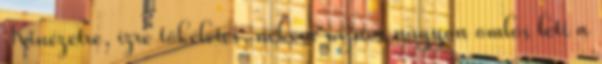
Kinézetre, ízre tökéletes, nekem sajnos nagyon omlós lett a